Report on vaccination in Madras 1895-1903 - 1895-1903
Year: 1895
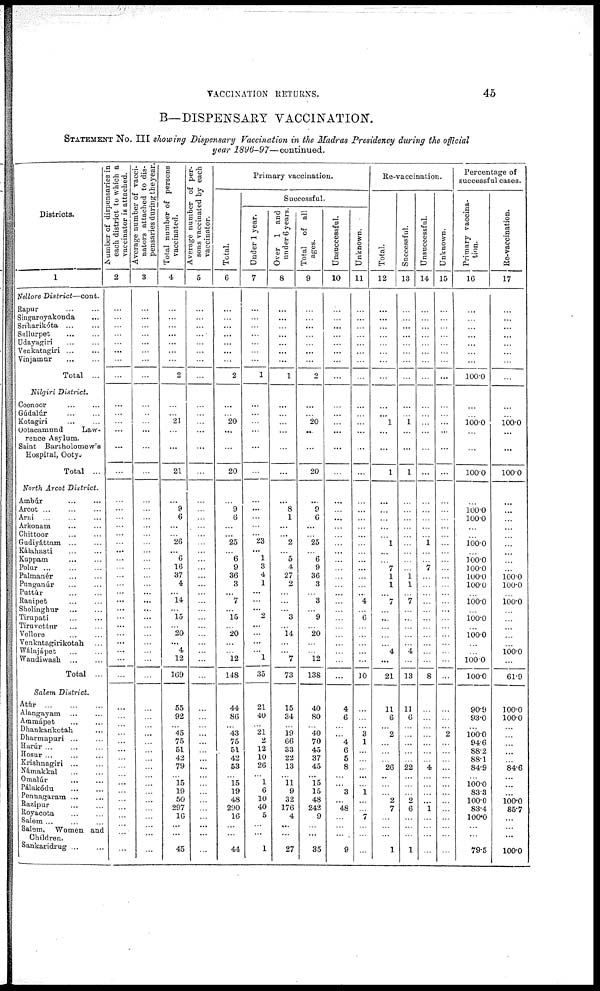
VACCINATION RETURNS.
45
B—DISPENSARY VACCINATION.
STATEMENT No. III showing Dispensary Vaccination in the Madras Presidency during the official
year 1896-97—continued.
Districts.
1
Nellore District—cont.
Rapur ... ...
Singaroyakonda
...
Sriharikóta ... ...
Sullurpet ... ...
Udayagiri
...
...
Venkatagiri
...
...
Vinjamur
...
...
Total ...
Nilgiri District.
Coonoor ... ...
Gúdalúr ... ...
Kotagiri
...
...
Ootacamund
Law-
rence Asylum.
Saint Bartholomew's
Hospital, Ooty.
Total ...
North Arcot District.
Ambúr ...
Arcot ... ... ...
Ami ... ... ...
Arkonam ... ...
Chittoor ... ...
Gadiyáttam ... ...
Kálahasti
...
...
Kuppam ... ...
Polur
...
...
...
Palmanér ... ...
Punganúr ... ...
Puttúr
...
...
Ranipet ... ...
Sholinghur ... ...
Tirupati
...
...
Tiruvettur ... ...
Vellore ... ...
Venkatagirikotah ...
Wálajápet ... ...
Wandiwash ... ...
Total ...
Salem District.
Atùr
...
...
...
Alangayam ... ...
Ammápet ... ...
Dhankarikotah ...
Dharmapuri ... ...
Harúr ... ... ...
Hosur
...
...
...
Krishnagiri ... ...
Námakkal
...
...
Omalúr
...
...
Pálakódu
...
...
Pennagaram ...
Razipur ... ...
Royacota ... ...
Salem ... ... ...
Salem, Women and
Children.
Sankaridrug ... ...
Number of dispensaries in
each district to which a
vaccinator is attached.
2
...
...
...
...
...
...
...
...
...
...
...
...
...
...
...
...
...
...
...
...
...
...
...
...
...
...
...
...
...
...
...
...
...
...
...
...
...
...
...
...
...
...
...
...
...
...
...
...
...
...
...
...
...
...
...
Average number of vacci¬
nators attached to dis-
pensaries during the year
3
...
...
...
...
...
...
...
...
...
...
...
...
...
...
...
...
...
...
...
...
...
...
...
...
...
...
...
...
...
...
...
...
...
...
...
...
...
...
...
...
...
...
...
...
...
...
...
...
...
...
...
...
...
...
...
Total number of persons
vaccinated.
4
...
...
...
...
...
...
...
2
...
...
...
21
...
...
21
...
...
9
6
...
...
26
... 6
16
37
4
...
14
... 15
...
20
...
4
12
169
55
92
...
45
75
51
42
79
...
15
19
50
297
16
...
...
45
Average number of per-
sons vaccinated by each
vaccinator.
5
...
...
...
...
...
...
...
...
...
...
...
...
...
...
...
...
...
...
...
...
...
...
...
...
...
...
...
...
...
...
...
...
...
...
...
...
...
...
...
...
...
...
...
...
...
...
...
...
...
...
...
...
...
...
...
Primary vaccination.
Total.
6
...
...
...
...
...
...
...
2
...
...
...
20
...
...
...
20
...
...
9
6
...
...
25
...
6
9
36
3
...
7
...
15
...
20
...
...
12
148
44
86
...
43
75
51
42
53
...
15
19
48
290
16
...
...
44
Successful.
Under 1 year.
7
...
...
...
...
...
...
...
1
...
...
...
...
...
...
...
...
...
...
...
...
...
...
23
... 1
3
4
1
...
...
...
2
...
...
...
...
1
35
21
40
...
21
2
12
10
26
...
1
6
10
40
5
...
...
1
Over 1 and
under 6 years.
8
...
...
...
...
...
...
...
1
...
...
...
...
...
...
...
...
...
...
8
1
...
...
2
...
5
4
27
2
...
...
... 3
...
14
...
...
7
73
15
34
...
19
66
33
22
13
...
11
9
32
176
4
...
...
27
Total of all
ages.
9
...
...
...
...
...
...
...
2
...
...
...
20
...
...
...
20
...
...
9
6
...
...
25
...
6
9
36
3
...
3
...
9
...
20
...
...
12
138
40
80
...
40
70
45
37
45
...
15
15
48
242
9
...
...
35
Unsuccessful.
10
...
...
...
...
...
...
...
...
...
...
...
...
...
...
...
...
...
...
...
...
...
...
...
...
...
...
...
...
...
...
...
...
...
...
...
...
...
...
4
6
...
...
4
6
5
8
...
...
3
...
48
...
...
...
9
Unknown.
11
...
...
...
...
...
...
...
...
...
...
...
...
...
...
...
...
...
...
...
...
...
...
...
...
...
...
...
...
...
4
...
6
...
...
...
...
...
10
...
...
...
3
1
...
...
...
...
...
1
...
...
7
...
...
...
Re-vaccination.
Total.
12
...
...
...
...
...
...
...
...
...
...
...
1
...
...
...
1
...
...
...
...
...
...
1
...
...
7
1
1
...
7
...
...
...
...
...
4
...
21
11
6
...
2
...
...
...
26
...
...
...
2
7
...
...
...
1
Successful.
13
...
...
...
...
...
...
...
...
...
...
...
1
...
...
...
1
...
...
...
...
...
...
...
...
...
...
1
1
...
7
...
...
...
...
...
4
...
13
11
6
...
...
...
...
...
22
...
...
...
2
6
...
...
...
1
Unsuccessful.
14
...
...
...
...
...
...
...
...
...
...
...
...
...
...
...
...
...
...
...
...
...
...
1
...
...
7
...
...
...
...
...
...
...
...
...
...
...
8
...
...
...
...
...
...
...
4
...
...
...
...
1
...
...
...
...
Unknown.
15
...
...
...
...
...
...
...
...
...
...
...
...
...
...
...
...
...
...
...
...
...
...
...
...
...
...
...
...
...
...
...
...
...
...
...
...
...
...
...
...
...
2
...
...
...
...
...
...
...
...
...
...
...
...
...
Percentage of
successful cases.
Primary vaccina-
tion.
16
...
...
...
...
...
...
...
100.0
...
...
...
100.0
...
...
...
100.0
...
...
100.0
100.0
...
...
100.0
...
100.0
100.0
100.0
100.0
...
100.0
...
100.0
...
100.0
...
...
100.0
100.0
90.9
93.0
...
100.0
94.6
88.2
88.1
84.9
...
100.0
83.3
100.0
83.4
100.0
...
...
79.5
Re-vaccination.
17
...
...
...
...
...
...
...
...
...
...
...
100.0
...
...
...
100.0
...
...
...
...
...
...
...
...
...
...
100.0
100.0
...
100.0
...
...
...
...
...
100.0
...
61.9
100.0
100.0
...
...
...
...
...
...
...
...
...
100.0
85.7
...
...
...
100.0